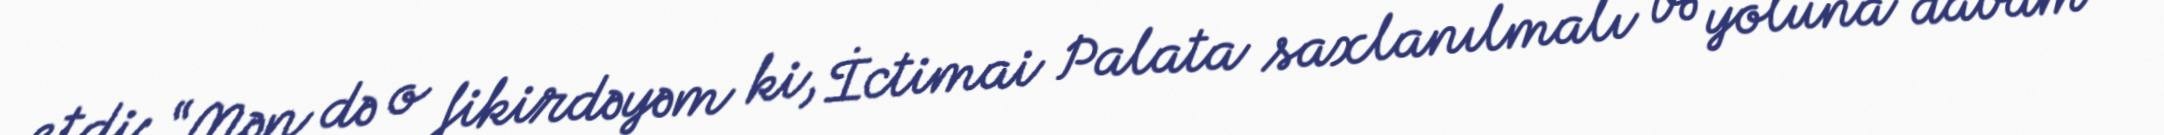
etdi: “Mən də o fikirdəyəm ki, İctimai Palata saxlanılmalı və yoluna davam